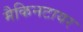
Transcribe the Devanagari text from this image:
मैकिनटायर